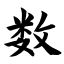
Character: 数